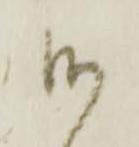
候